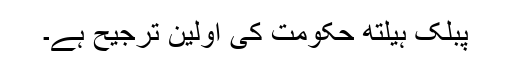
پبلک ہیلتھ حکومت کی اولین ترجیح ہے۔